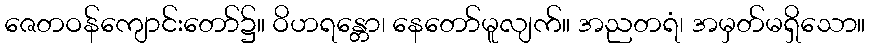
ဇေတဝန်ကျောင်းတော်၌။ ဝိဟရန္တော၊ နေတော်မူလျက်။ အညတရံ၊ အမှတ်မရှိသော။